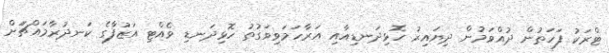
ޓްރަކު ފަހަތުން ދުއްވަމުން ދިޔައިރު ހޮޅިދަނޑިއާއި އަރާހަމަވިވަގުތު ހޮޅިދަނޑި ވެއްޓި އަޒުފާގެ ކަނދުރާމައްޗަަށް